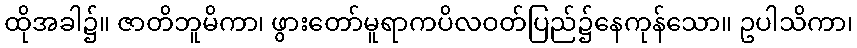
ထိုအခါ၌။ ဇာတိဘူမိကာ၊ ဖွားတော်မူရာကပိလဝတ်ပြည်၌နေကုန်သော။ ဥပါသိကာ၊